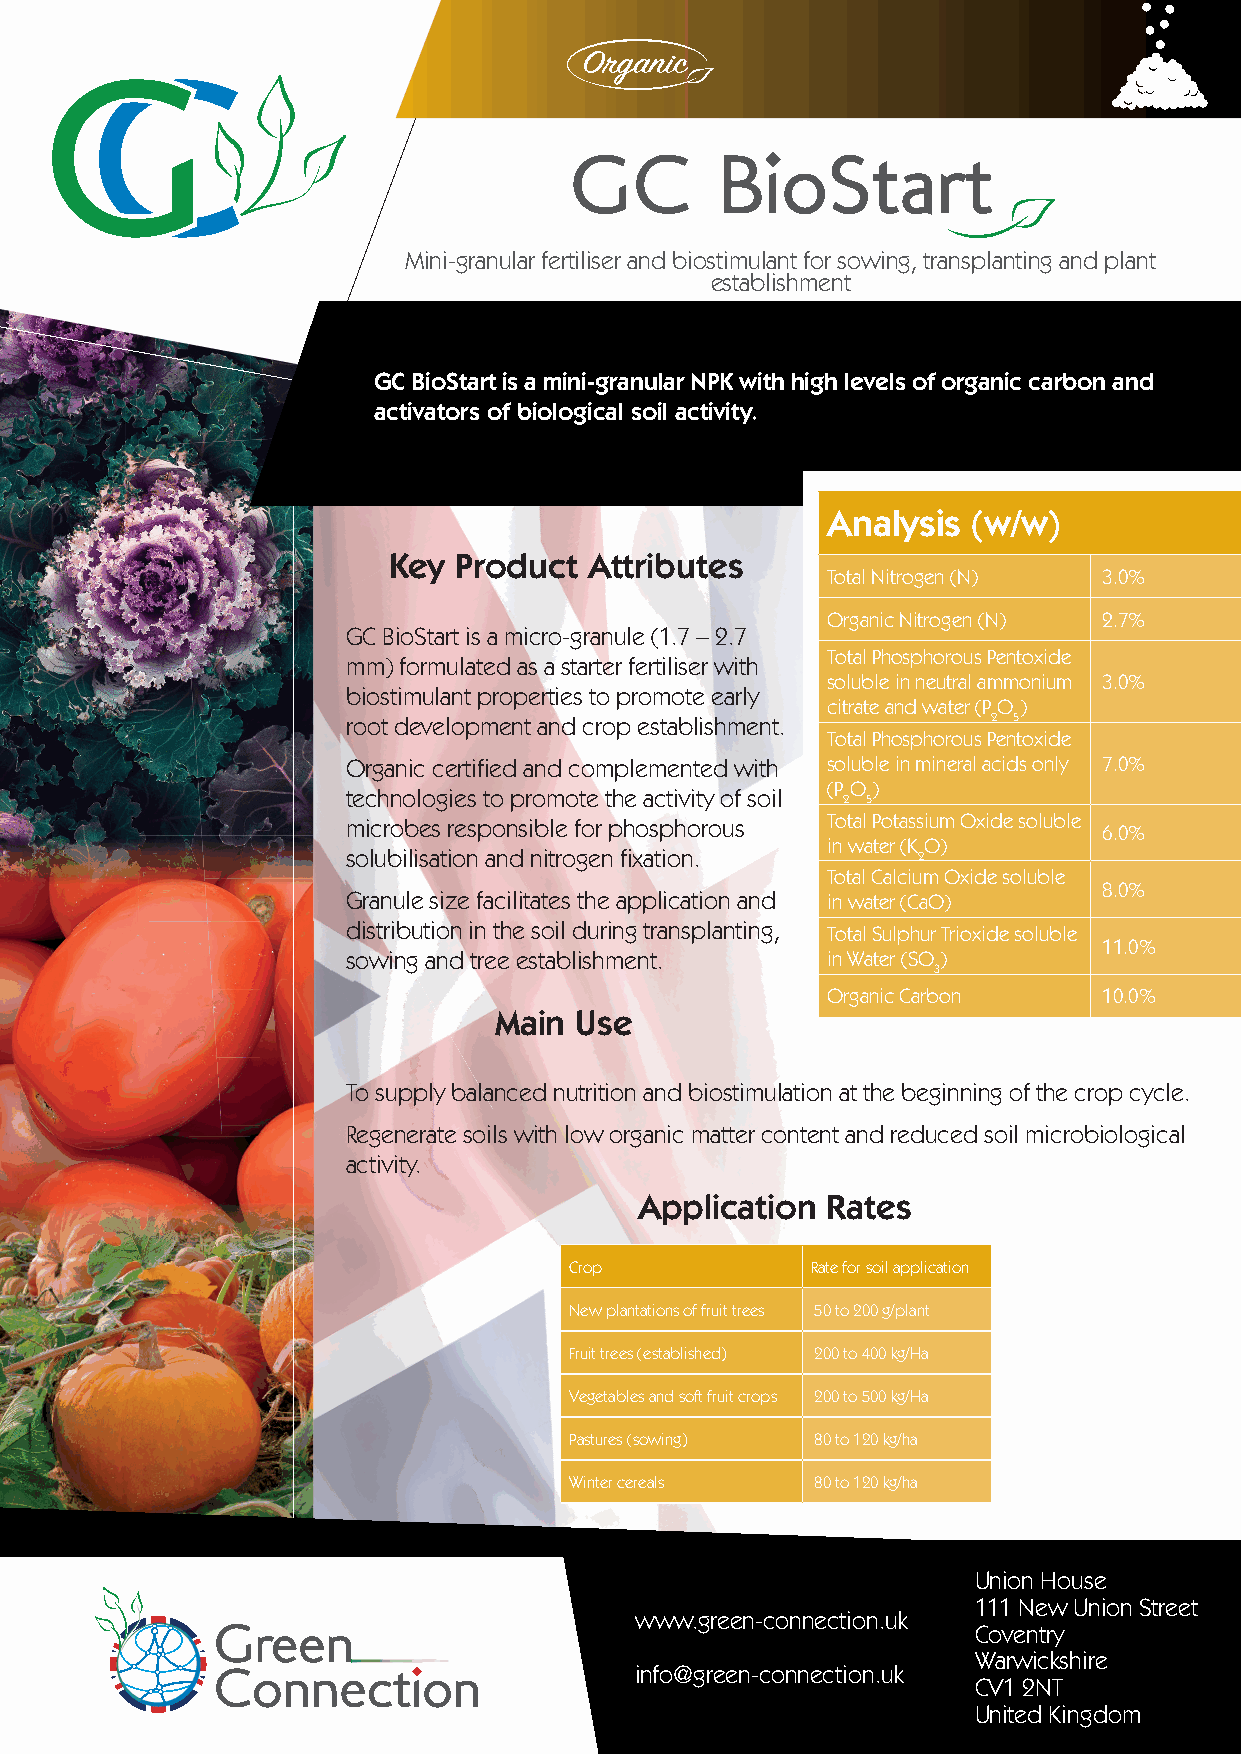
GC       BioStart
 Mini-granular fertiliser and biostimulant for sowing, transplanting and plant
 establishment
 GC BioStart is a mini-granular NPK with high levels of organic carbon and
 activators of biological soil activity.
 Analysis (w/w)
 Key Product  Attributes
 Total Nitrogen (N) 3.0%
 Organic Nitrogen (N) 2.7%
 GC BioStart is a micro-granule (1.7 – 2.7
 Total Phosphorous Pentoxide
 mm) formulated as a starter fertiliser with
 soluble in neutral ammonium 3.0%
 biostimulant properties to promote early
 citrate and water (PO)
 root development and crop establishment.   2 5
 Total Phosphorous Pentoxide
 Organic certifi ed and complemented with soluble in mineral acids only 7.0%
 (PO)
 technologies to promote the activity of soil 2 5
 Total Potassium Oxide soluble
 microbes responsible for phosphorous              6.0%
 in water (KO)
 solubilisation and nitrogen fi xation. 2
 Total Calcium Oxide soluble
 8.0%
 Granule size facilitates the application and in water (CaO)
 distribution in the soil during transplanting, Total Sulphur Trioxide soluble
 11.0%
 sowing and tree establishment.  in Water (SO)
 3
 Organic Carbon    10.0%
 Main Use
 To supply balanced nutrition and biostimulation at the beginning of the crop cycle.
 Regenerate soils with low organic matter content and reduced soil microbiological
 activity.
 Application  Rates
 Crop            Rate for soil application
 New plantations of fruit trees 50 to 200 g/plant
 Fruit trees (established) 200 to 400 kg/Ha
 Vegetables and soft fruit crops 200 to 500 kg/Ha
 Pastures (sowing) 80 to 120 kg/ha
 Winter cereals  80 to 120 kg/ha
 Union House
 111 New Union Street
 www.green-connection.uk
 Coventry
 Warwickshire
 info@green-connection.uk
 CV1 2NT
 United Kingdom